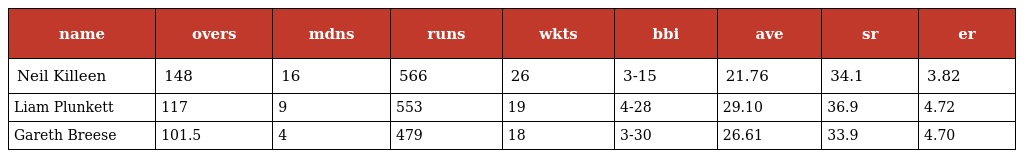
| name | overs | mdns | runs | wkts | bbi | ave | sr | er |
 | --- | --- | --- | --- | --- | --- | --- | --- | --- |
 | Neil Killeen | 148 | 16 | 566 | 26 | 3-15 | 21.76 | 34.1 | 3.82 |
 | Liam Plunkett | 117 | 9 | 553 | 19 | 4-28 | 29.10 | 36.9 | 4.72 |
 | Gareth Breese | 101.5 | 4 | 479 | 18 | 3-30 | 26.61 | 33.9 | 4.70 |